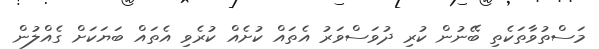
މަސްތުވާތަކެތި ބޭނުން ކުރި ދުވަސްވަރު އެތައް ކުށެއް ކުރެވި އެތައް ބަޔަކަށް ގެއްލުން